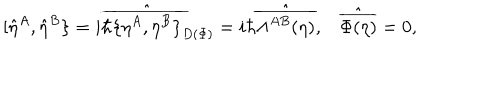
LaTeX: [ \hat { \eta } ^ { A } , \hat { \eta } ^ { B } \} = i \hbar \hat { \overline { { { \{ \eta ^ { A } , \eta ^ { B } \} } } } } _ { D ( \Phi ) } = i \hbar \hat { \overline { { { \Lambda ^ { A B } ( \eta ) } } } } , \hat { \overline { { { \Phi ( \eta ) } } } } = 0 ,